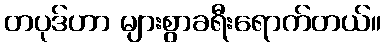
တပုဒ်ဟာ များစွာခရီးရောက်တယ်။